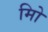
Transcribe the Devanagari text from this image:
मिो